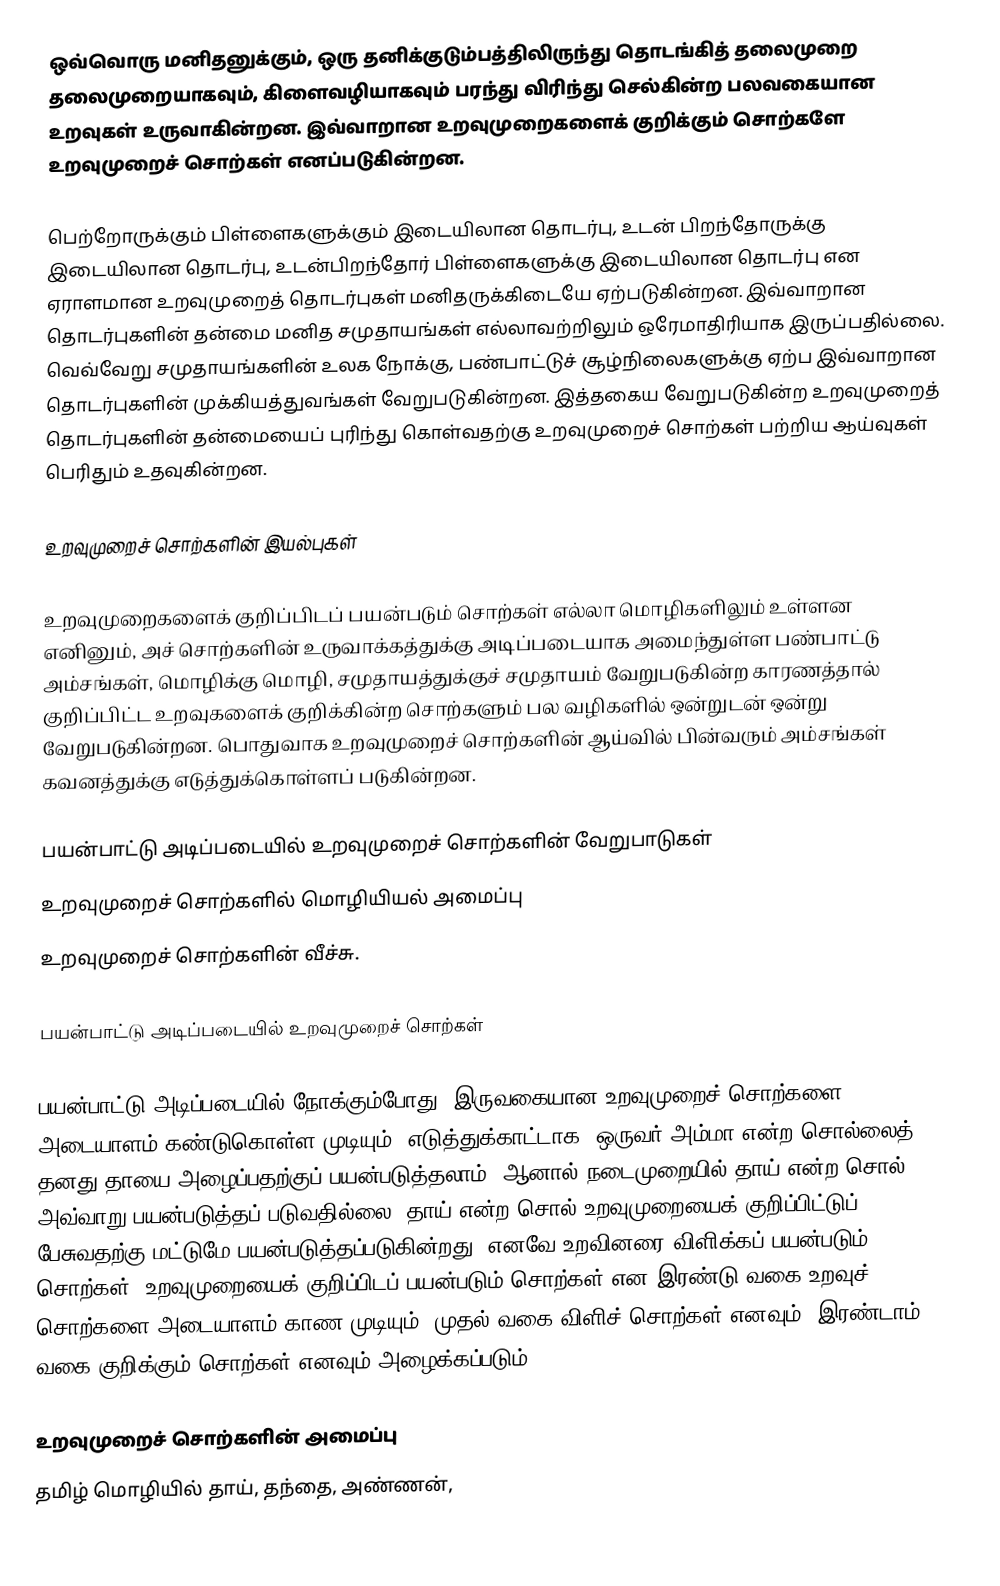
ஒவ்வொரு மனிதனுக்கும், ஒரு தனிக்குடும்பத்திலிருந்து தொடங்கித் தலைமுறை தலைமுறையாகவும், கிளைவழியாகவும் பரந்து விரிந்து செல்கின்ற பலவகையான உறவுகள் உருவாகின்றன. இவ்வாறான உறவுமுறைகளைக் குறிக்கும் சொற்களே உறவுமுறைச் சொற்கள் எனப்படுகின்றன.

பெற்றோருக்கும் பிள்ளைகளுக்கும் இடையிலான தொடர்பு, உடன் பிறந்தோருக்கு இடையிலான தொடர்பு, உடன்பிறந்தோர் பிள்ளைகளுக்கு இடையிலான தொடர்பு என ஏராளமான உறவுமுறைத் தொடர்புகள் மனிதருக்கிடையே ஏற்படுகின்றன. இவ்வாறான தொடர்புகளின் தன்மை மனித சமுதாயங்கள் எல்லாவற்றிலும் ஒரேமாதிரியாக இருப்பதில்லை. வெவ்வேறு சமுதாயங்களின் உலக நோக்கு, பண்பாட்டுச் சூழ்நிலைகளுக்கு ஏற்ப இவ்வாறான தொடர்புகளின் முக்கியத்துவங்கள் வேறுபடுகின்றன. இத்தகைய வேறுபடுகின்ற உறவுமுறைத் தொடர்புகளின் தன்மையைப் புரிந்து கொள்வதற்கு உறவுமுறைச் சொற்கள் பற்றிய ஆய்வுகள் பெரிதும் உதவுகின்றன.

உறவுமுறைச் சொற்களின் இயல்புகள்

உறவுமுறைகளைக் குறிப்பிடப் பயன்படும் சொற்கள் எல்லா மொழிகளிலும் உள்ளன எனினும், அச் சொற்களின் உருவாக்கத்துக்கு அடிப்படையாக அமைந்துள்ள பண்பாட்டு அம்சங்கள், மொழிக்கு மொழி, சமுதாயத்துக்குச் சமுதாயம் வேறுபடுகின்ற காரணத்தால் குறிப்பிட்ட உறவுகளைக் குறிக்கின்ற சொற்களும் பல வழிகளில் ஒன்றுடன் ஒன்று வேறுபடுகின்றன. பொதுவாக உறவுமுறைச் சொற்களின் ஆய்வில் பின்வரும் அம்சங்கள் கவனத்துக்கு எடுத்துக்கொள்ளப் படுகின்றன.

 பயன்பாட்டு அடிப்படையில் உறவுமுறைச் சொற்களின் வேறுபாடுகள்
 உறவுமுறைச் சொற்களில் மொழியியல் அமைப்பு
 உறவுமுறைச் சொற்களின் வீச்சு.

பயன்பாட்டு அடிப்படையில் உறவுமுறைச் சொற்கள்

பயன்பாட்டு அடிப்படையில் நோக்கும்போது, இருவகையான உறவுமுறைச் சொற்களை அடையாளம் கண்டுகொள்ள முடியும். எடுத்துக்காட்டாக, ஒருவர் அம்மா என்ற சொல்லைத் தனது தாயை அழைப்பதற்குப் பயன்படுத்தலாம். ஆனால் நடைமுறையில் தாய் என்ற சொல் அவ்வாறு பயன்படுத்தப் படுவதில்லை. தாய் என்ற சொல் உறவுமுறையைக் குறிப்பிட்டுப் பேசுவதற்கு மட்டுமே பயன்படுத்தப்படுகின்றது. எனவே உறவினரை விளிக்கப் பயன்படும் சொற்கள், உறவுமுறையைக் குறிப்பிடப் பயன்படும் சொற்கள் என இரண்டு வகை உறவுச் சொற்களை அடையாளம் காண முடியும். முதல் வகை  விளிச் சொற்கள்  எனவும், இரண்டாம் வகை குறிக்கும் சொற்கள் எனவும் அழைக்கப்படும்.

உறவுமுறைச் சொற்களின் அமைப்பு
தமிழ் மொழியில் தாய், தந்தை, அண்ணன்,